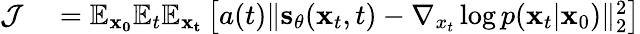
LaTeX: \begin{array}{rl}{\mathcal{J}}&{{}=\mathbb{E}_{\mathbf{x_{0}}}\mathbb{E}_{t}\mathbb{E}_{\mathbf{x_{t}}}\left[a(t)\lVert\mathbf{s}_{\theta}(\mathbf{x}_{t},t)-\nabla_{x_{t}}\log p(\mathbf{x}_{t}|\mathbf{x}_{0})\rVert_{2}^{2}\right]}\end{array}